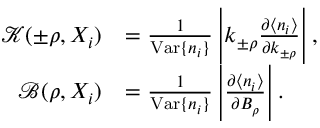
\begin{array} { r l } { { \mathcal K } ( \pm \rho , X _ { i } ) } & { = \frac { 1 } { \mathrm { V a r } \{ n _ { i } \} } \left| k _ { \pm \rho } \frac { \partial \langle n _ { i } \rangle } { \partial k _ { \pm \rho } } \right| , } \\ { { \mathcal B } ( \rho , X _ { i } ) } & { = \frac { 1 } { \mathrm { V a r } \{ n _ { i } \} } \left| \frac { \partial \langle n _ { i } \rangle } { \partial B _ { \rho } } \right| . } \end{array}